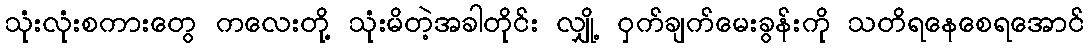
သုံးလုံးစကားတွေ ကလေးတို့ သုံးမိတဲ့အခါတိုင်း လျှို့ ဝှက်ချက်မေးခွန်းကို သတိရနေစေရအောင်